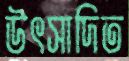
উৎসাদিত